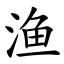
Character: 渔